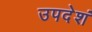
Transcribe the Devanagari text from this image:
उपदेशं